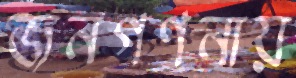
জনগণনায়